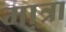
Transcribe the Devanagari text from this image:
मा़त्रा